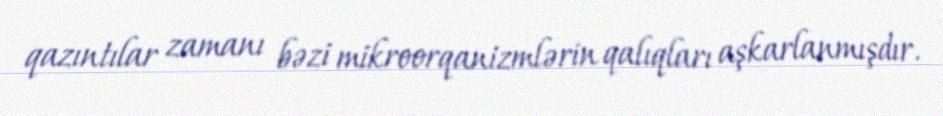
qazıntılar zamanı bəzi mikroorqanizmlərin qalıqları aşkarlanmışdır.